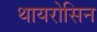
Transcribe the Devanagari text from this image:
थायरोसिन